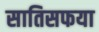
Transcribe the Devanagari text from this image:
सातिसफया